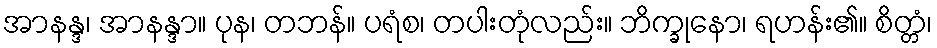
အာနန္ဒ၊ အာနန္ဒာ။ ပုန၊ တဘန်။ ပရံစ၊ တပါးတုံလည်း။ ဘိက္ခုနော၊ ရဟန်း၏။ စိတ္တံ၊